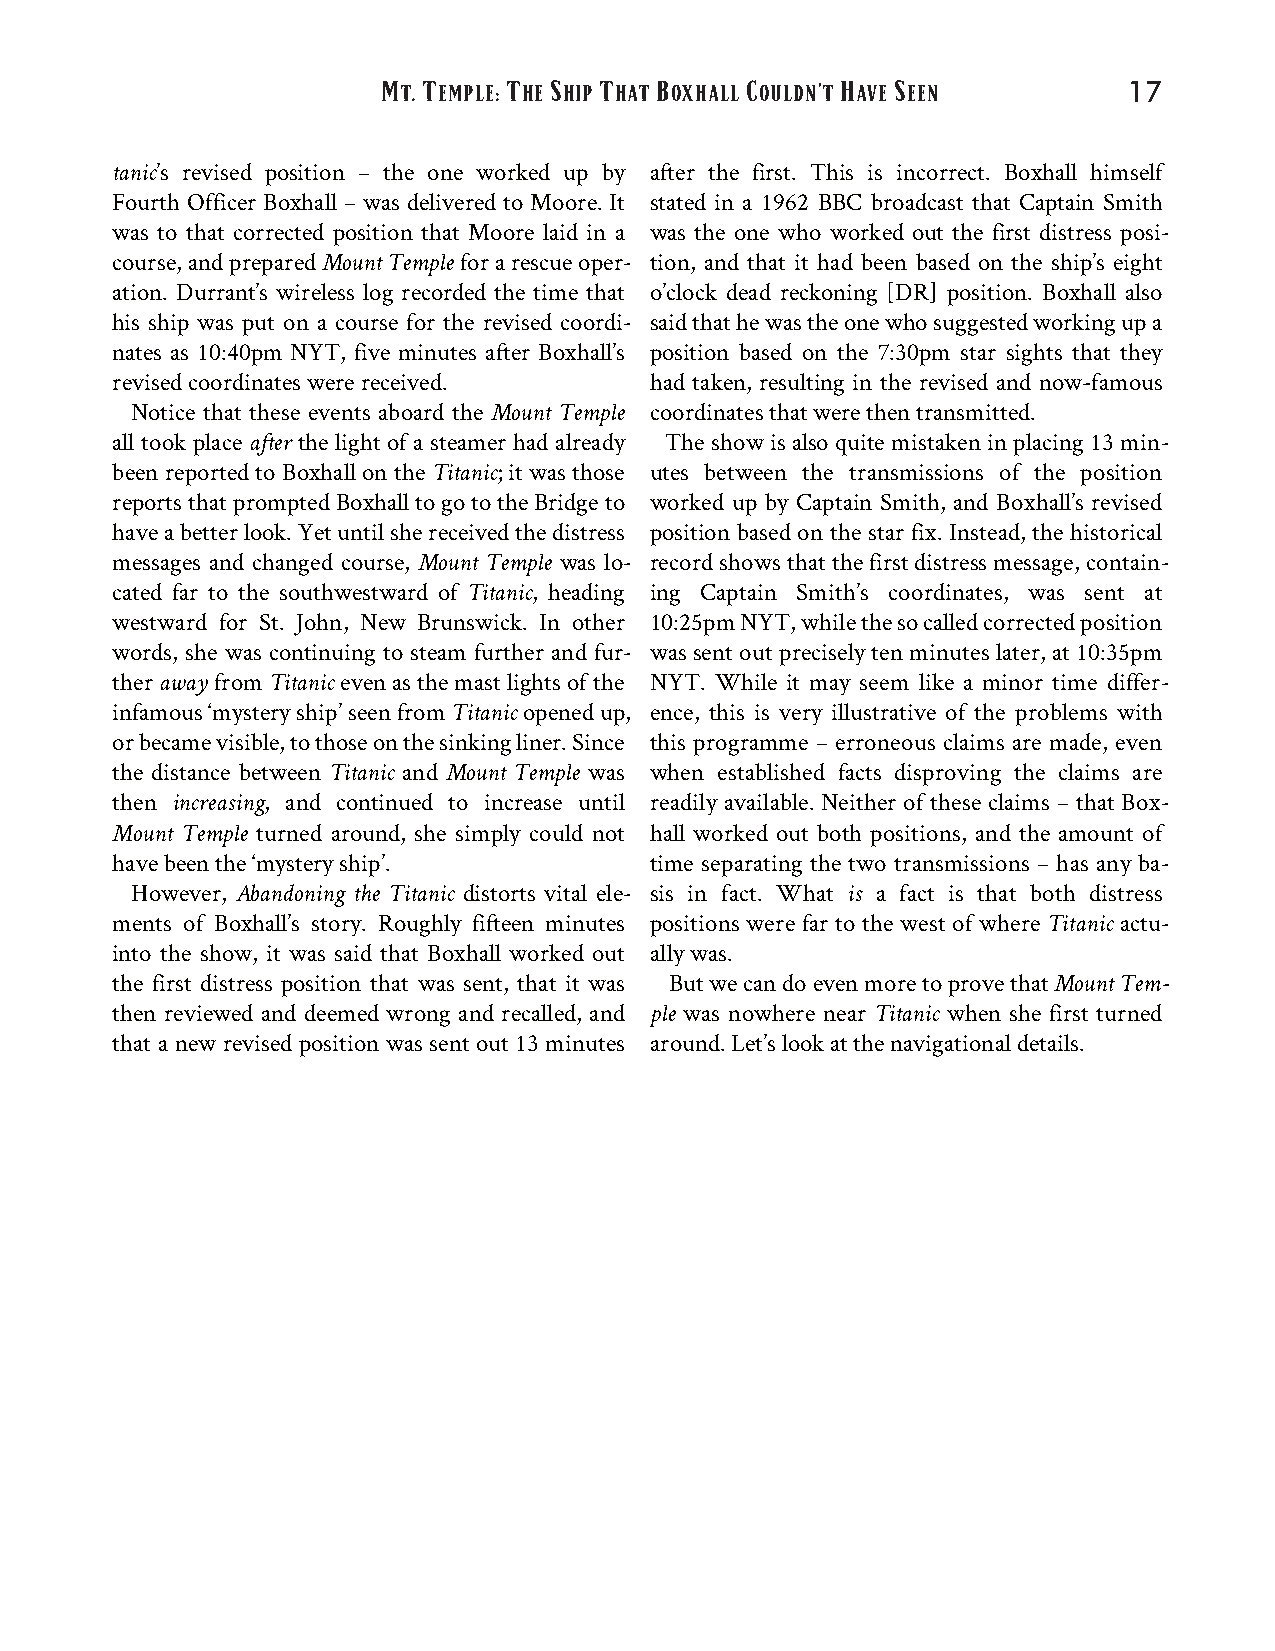
M  T     T S   T   B    C      H  S
 T. EMPLE: HE HIP HAT OXHALL OULDN’T AVE EEN     17
 tanic’s revised position – the one worked up by after the first. This is incorrect. Boxhall himself
 Fourth Officer Boxhall – was delivered to Moore. It stated in a 1962 BBC broadcast that Captain Smith
 was to that corrected position that Moore laid in a was the one who worked out the first distress posi‐
 course,andpreparedMountTempleforarescueoper‐ tion, and that it had been based on the ship’s eight
 ation. Durrant’s wireless log recorded the time that o’clock dead reckoning [DR] position. Boxhall also
 his ship was put on a course for the revised coordi‐ saidthathewastheonewhosuggestedworkingupa
 nates as 10:40pm NYT, five minutes after Boxhall’s position based on the 7:30pm star sights that they
 revisedcoordinateswerereceived.     had taken, resulting in the revised and now-famous
 Notice that these events aboard the Mount Temple coordinatesthatwerethentransmitted.
 all took place after the light of a steamer had already Theshowisalsoquitemistakeninplacing13min‐
 been reported to Boxhall on the Titanic; itwasthose utes between the transmissions of the position
 reportsthatpromptedBoxhalltogototheBridgeto worked up by Captain Smith, and Boxhall’s revised
 haveabetterlook.Yetuntilshereceivedthedistress position based on the star fix. Instead, the historical
 messages and changed course, Mount Temple was lo‐ recordshowsthatthefirstdistressmessage,contain‐
 cated far to the southwestward of Titanic, heading ing Captain Smith’s coordinates, was sent at
 westward for St. John, New Brunswick. In other 10:25pmNYT,whilethesocalledcorrectedposition
 words, she was continuing to steam further and fur‐ wassentoutpreciselytenminuteslater,at10:35pm
 therawayfromTitanicevenasthemastlightsofthe NYT. While it may seem like a minor time differ‐
 infamous‘mysteryship’seenfromTitanicopenedup, ence, this is very illustrative of the problems with
 orbecamevisible,tothoseonthesinkingliner.Since this programme – erroneous claims are made, even
 the distance between Titanic and Mount Temple was when established facts disproving the claims are
 then increasing, and continued to increase until readily available. Neither of these claims – that Box‐
 Mount Temple turned around, she simply could not hall worked out both positions, and the amount of
 havebeenthe‘mysteryship’.           time separating the two transmissions – has any ba‐
 However, Abandoning the Titanic distorts vital ele‐ sis in fact. What is a fact is that both distress
 ments of Boxhall’s story. Roughly fifteen minutes positions were far to the west of where Titanic actu‐
 into the show, it was said that Boxhall worked out allywas.
 the first distress position that was sent, that it was ButwecandoevenmoretoprovethatMountTem‐
 then reviewed and deemed wrong and recalled, and ple was nowhere near Titanic when she first turned
 that a new revised position was sent out 13 minutes around.Let’slookatthenavigationaldetails.